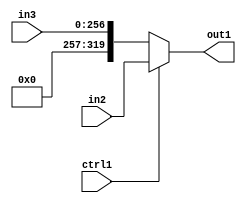
`timescale 1ps / 1ps
/*****************************************************************************
    Verilog RTL Description
    
    
    Created by: CellMath Designer 2019.1.01 
*******************************************************************************/

module sfu_out_buff_N_MuxB_320_2_0_4_0 (
	in3,
	in2,
	ctrl1,
	out1
	); /* architecture "behavioural" */ 
input [256:0] in3;
input [319:0] in2;
input  ctrl1;
output [319:0] out1;
wire [319:0] asc001;

reg [319:0] asc001_tmp_0;
assign asc001 = asc001_tmp_0;
always @ (ctrl1 or in2 or in3) begin
	case (ctrl1)
		1'B1 : asc001_tmp_0 = in2 ;
		default : asc001_tmp_0 = in3 ;
	endcase
end

assign out1 = asc001;
endmodule

/* CADENCE  v7D0Qgg= : u9/ySgnWtBlWxVPRXgAZ4Og= ** DO NOT EDIT THIS LINE ******/